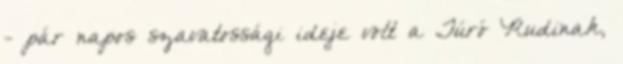
- pár napos szavatossági ideje volt a Túró Rudinak,